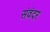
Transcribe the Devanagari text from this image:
संवंदर